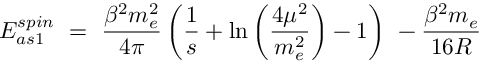
{ \cal E } _ { a s 1 } ^ { s p i n } \ = \ \frac { \beta ^ { 2 } m _ { e } ^ { 2 } } { 4 \pi } \left( \frac 1 s + \ln \left( \frac { 4 \mu ^ { 2 } } { m _ { e } ^ { 2 } } \right) - 1 \right) \- \ - \frac { \beta ^ { 2 } m _ { e } } { 1 6 R }